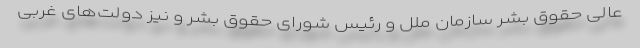
عالی حقوق بشر سازمان ملل و رئیس شورای حقوق بشر و نیز دولت‌های غربی